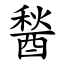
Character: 醔